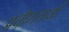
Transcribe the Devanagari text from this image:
प्रवीणताओं